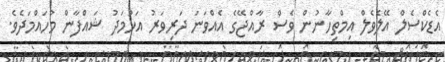
އެޑެކްސެލް އޭލެވެލް އިމްތިހާނުން ވެސް ރާއްޖޭގެ އެއްވަނަ ދަރިވަރު އަހުމަދު ޝައްފާން މުހައްމަދެވެ.